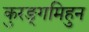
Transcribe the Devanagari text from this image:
कुरङ्गमिहुन